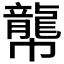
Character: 𪚑